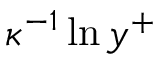
\kappa ^ { - 1 } \ln { y ^ { + } }